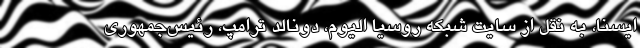
ایسنا، به نقل از سایت شبکه روسیا الیوم، دونالد ترامپ، رئیس‌جمهوری